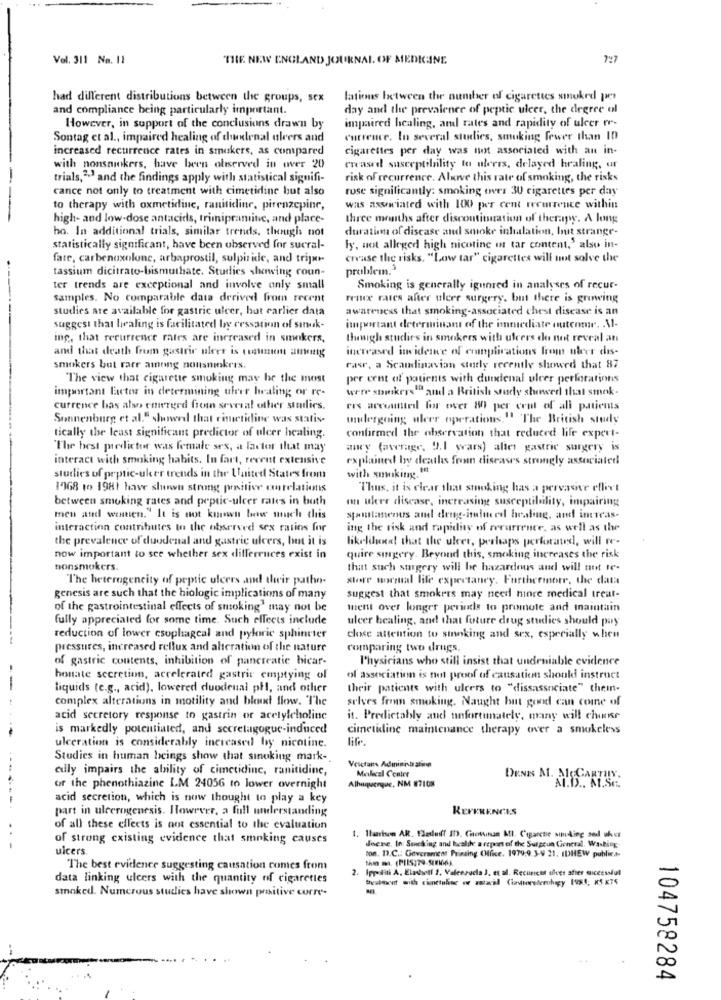
Vol. 311 Na. 11
THE NEW ENGLAND JOURNAL OF MEDICINE
9:7
had different distributions between the groups, sex
lations between the number of cigarettes smoked per
and compliance being particularly important.
day and the prevalence of peptic ulcer, the degree ol
impaired healing, aml rates and rapidity of ulcer re-
However, in support of the conclusions drawn by
Sontag et al ., impaired healing of duodenal ulcers and
currence. In several studies, smoking fewer than 10
increased recurrence rates in smukers, as compared
cigarettes per day was not associated with an in-
with nonsmokers, have been oliserved in over 20
creased susceptilality to uleres, delayed healing, ar
trials,2.ª and the findings apply with statistical signifi-
risk of recurrence. Alsave this rate of smoking, the risks
cance not only to treatment with cimetidine but also
rose significantly: smoking over 30 cigarettes per day
to therapy with oxmetidine, ranitidine, pirenzepine,
was associated with 100 per cent recurrence within
high- and low-dose antacids, trimipramine, and place-
three months after discomtitsnation of therapy. A long
ho. In additional trials, similar trends, though not
duration of discase and smoke inhalation, Inuit strange-
statistically significant, have been observed for sucral-
ly, not alleged high nicotine in tar content,' also in-
fare, carbenuxolune, arbaprostil, sulpiride, and trix-
creuse the risks. "Low tar" cigarettes will not solve the
tassium dicitrato-bismuthate. Studies showing coun-
problem.3
ter trends are exceptional and involve anly small
Smoking is generally igunred in analyses of recur-
samples. No comparable data derived from recent
race rates after uleer surgery, but there is growing
studies are available for gastric ulcer, but earlier data
awareness that smoking-associated chest disease is an
suggest that healing is facilitated by cessation of sınuk-
important determinant of the immediate outcome. Al-
ing, that recurrence rates are increased in smokers,
thesigh studies in smokers with ulcers do not reveal an
and that death from gastric uleer is comment among
increased incidence of complications from uleer dis-
smokers but rare among nousninkres.
rasr, a Scandinavian study recently showed that 87
"The view that cigarette smoking may be the most
per cent of patients with duodenal ulcer perforations
important factor in determining ulver healing or re-
were spunkers" and a British study showed that smok-
currence bas also emerged from several other studies.
ers accounted for over 8 per cent of all patients
Sonnenburg et al." showed that rimetidine was statis-
undergoing uleer operations." The British study
tically the least significant predictor of ulcer healing.
confirmed the observation that reduced life expert-
The best predictor was female ses, a factor that may
anry (average, 9.1 wars) alles gastric surgery is
interact with smoking habits. In fact, recent extensive
explained by deatlas from diseases strongly associated
studies of peptic-ulcer trends in the United States from
with smoking. 14
1968 to 1981 have shown strong positive correlations
Thus, it is clear that smoking has a pervasive elleet
between smoking rates and peptic-ulcer rates in both
on uker disease, increasing susceptilality, impairing
men and wennen." It is not known how much this
spontaneous and drug-itufied healing, and increas.
interaction contributes to the observed sex ratios for
ing the risk and rapidity of recurrence, as well as the
the prevalence of duodenal and gastric ulcers, but it is
likeldunst that the uleer, perhaps perforated, will re-
now important to see whether sex differences exist in
quire surgery. Beyond this, smoking increases the risk
nonsmokers
that such surgery will be hazardous and will not te-
l'he heterogencity of peptic ulcers and their patho-
store wwmal life expectancy. Furthermore, the data
genesis are such that the hiologic implications of many
suggest that smokers may need more medical treat-
of the gastrointestinal effects of smoking' may not be
ment over longer periods to promote and maintain
fully appreciated for some time. Such effects include
ulcer healing, and that future drug studies should pay
reduction of lower csoplageal and pyloric sphincter
close attention to sinoking and sex, especially when
pressures, increased reflux and alteration of the nature
comparing two drugs,
of gastric contents, inhibition of pancreatic bicar-
Physicians who still insist that undeniable evidence
honate secretion, accelerated gastric emptying of
of association is tunt proof of causation should instruct
-
liquids (e.g ., acid), lowered duodenal ph, and other
their patients with ulcers to "dissassociate" thein-
complex alterations in motility and blood flow. The
selves fron smoking. Naught but good can come of
acid secretory response to gastrin or acetylcholine
it. Predictably and unfortunately, many will choose
..
is markedly potentialed, and secretagogue-induced
cimetidine maintenance therapy over a smokeless
life.
ulceration is considerably increased by nicotine.
Studies in human beings show that sinoking mark-
Velctans Adıninılı almin
euly impairs the ability of cimetidine, ranitidine,
Mailecall Center
Albuquerque, NM 87108
DENIS A. ACGARTHY.
of the phenothiazine LM 24056 to lower overnight
acid secretion, which is now thought to play a key
part in ulcerogenesis. However, a full understanding
REFERENCES
of all these effects is not essential to the evaluation
of strong existing evidence that smoking causes
ulcers.
doene, In: Sencking and health: a report of the Surgeun Conceal, Washing-
ton. 13.C .: Government Printing (Hfixe. 1979:9. 3-9 21. IDHEW public ..
The best evidence suggesting causation comes from
2.
Ippoliti A. Eladell 2. Valeerucla J, et al. Recunicus silves after successful
data linking ulcers with the quantity of cigarettes
stoked. Numerous studies have shown prositive corre-
104758284